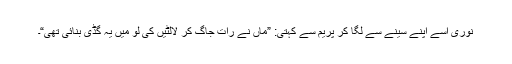
نوری اسے اپنے سینے سے لگا کر پریم سے کہتی: ”ماں نے رات جاگ کر لالٹیں کی لو میں یہ گڈی بنائی تھی“۔